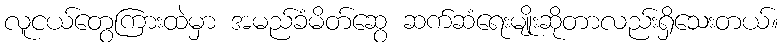
လူငယ်တွေကြားထဲမှာ အမည်ခံမိတ်ဆွေ ဆက်ဆံရေးမျိုးဆိုတာလည်းရှိသေးတယ်။